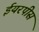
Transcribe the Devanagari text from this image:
ईयरपीस